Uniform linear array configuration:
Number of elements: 24
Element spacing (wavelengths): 0.5
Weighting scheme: hamming
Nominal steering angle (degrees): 30
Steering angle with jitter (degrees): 28.491
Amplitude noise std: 0.05
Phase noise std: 0.05

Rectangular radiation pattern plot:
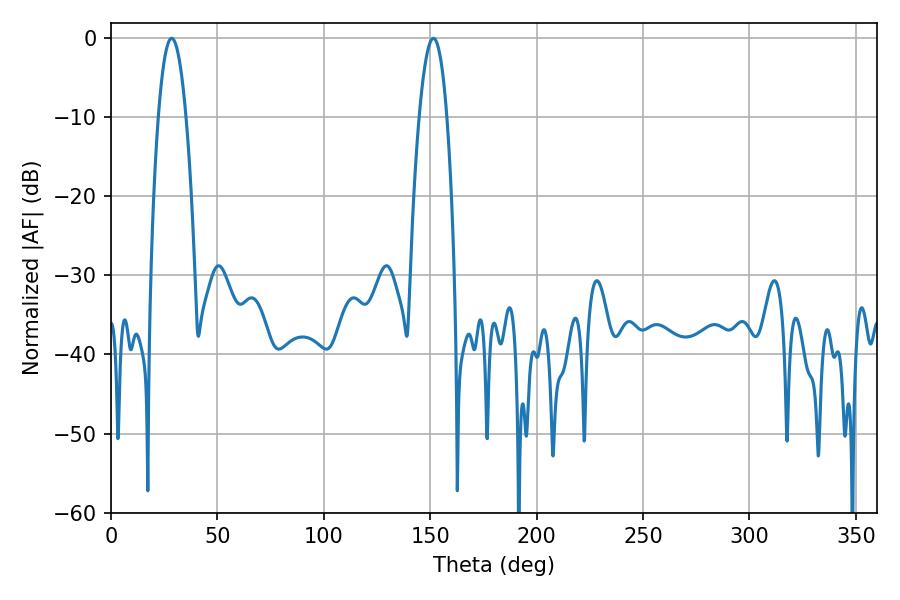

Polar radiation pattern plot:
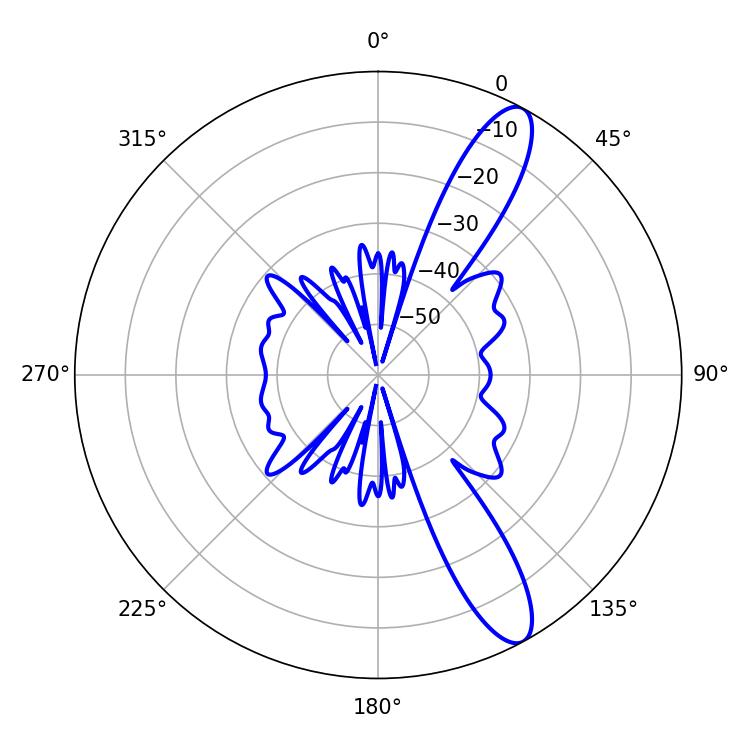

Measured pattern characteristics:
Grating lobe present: FALSE
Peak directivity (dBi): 11.898
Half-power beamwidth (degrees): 7.2
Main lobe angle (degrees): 28.44